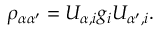
\rho _ { \alpha \alpha ^ { \prime } } = U _ { \alpha , i } \space g _ { i } U _ { \alpha ^ { \prime } , i } .